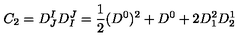
C _ { 2 } = D _ { J } ^ { I } D _ { I } ^ { J } = { \frac { 1 } { 2 } } ( D ^ { 0 } ) ^ { 2 } + D ^ { 0 } + 2 D _ { 1 } ^ { 2 } D _ { 2 } ^ { 1 }